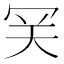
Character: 𡗺